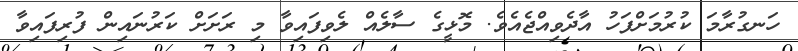
ހަނގުރާމަ ކުރުމަށްފަހު އާދެވިއްޖެއެވެ. މޮޅީގެ ސާލެއް ލެވިފައިވާ މި ރަށަށް ކަރުނައިން ފުރިފައިވާ